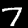
Label: 7